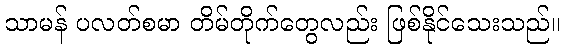
သာမန် ပလတ်စမာ တိမ်တိုက်တွေလည်း ဖြစ်နိုင်သေးသည်။